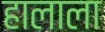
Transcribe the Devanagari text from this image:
हालाला